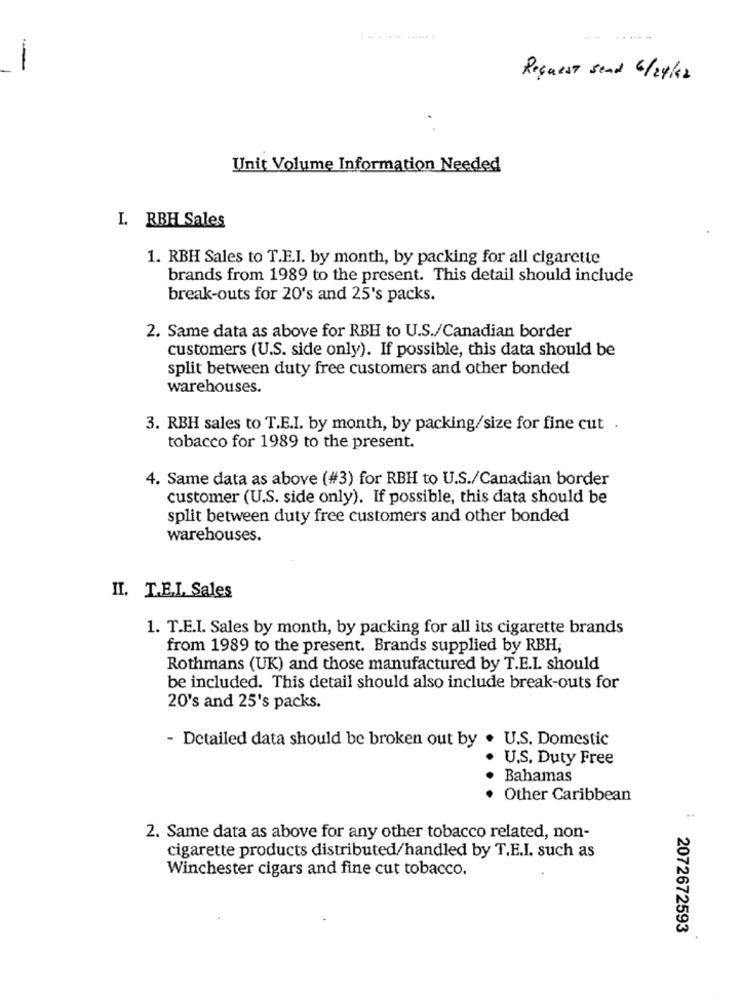
.---- ---..
-
Request send 6/24/2
Unit Volume Information Needed
I. RBH Sales
1. RBH Sales to T.E.I. by month, by packing for all cigarette
brands from 1989 to the present. This detail should include
break-outs for 20's and 25's packs.
2. Same data as above for RBH to U.S./Canadian border
customers (U.S. side only). If possible, this data should be
split between duty free customers and other bonded
warehouses.
3. RBH sales to T.E.I. by month, by packing/size for fine cut .
tobacco for 1989 to the present.
4. Same data as above (#3) for RBH to U.S./Canadian border
customer (U.S. side only). If possible, this data should be
split between duty free customers and other bonded
warehouses.
II. T.E.I. Sales
1. T.E.I. Sales by month, by packing for all its cigarette brands
from 1989 to the present. Brands supplied by RBH;
Rothmans (UK) and those manufactured by T.E.L. should
be included. This detail should also include break-outs for
20's and 25's packs.
- Detailed data should be broken out by . U.S. Domestic
U.S. Duty Free
.
Bahamas
Other Caribbean
2. Same data as above for any other tobacco related, non-
cigarette products distributed/handled by T.E.I. such as
Winchester cigars and fine cut tobacco.
2072672593